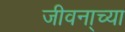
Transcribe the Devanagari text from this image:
जीवना्च्या